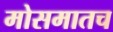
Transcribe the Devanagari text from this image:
मोसमातच